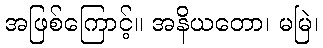
အဖြစ်ကြောင့်။ အနိယတော၊ မမြဲ၊